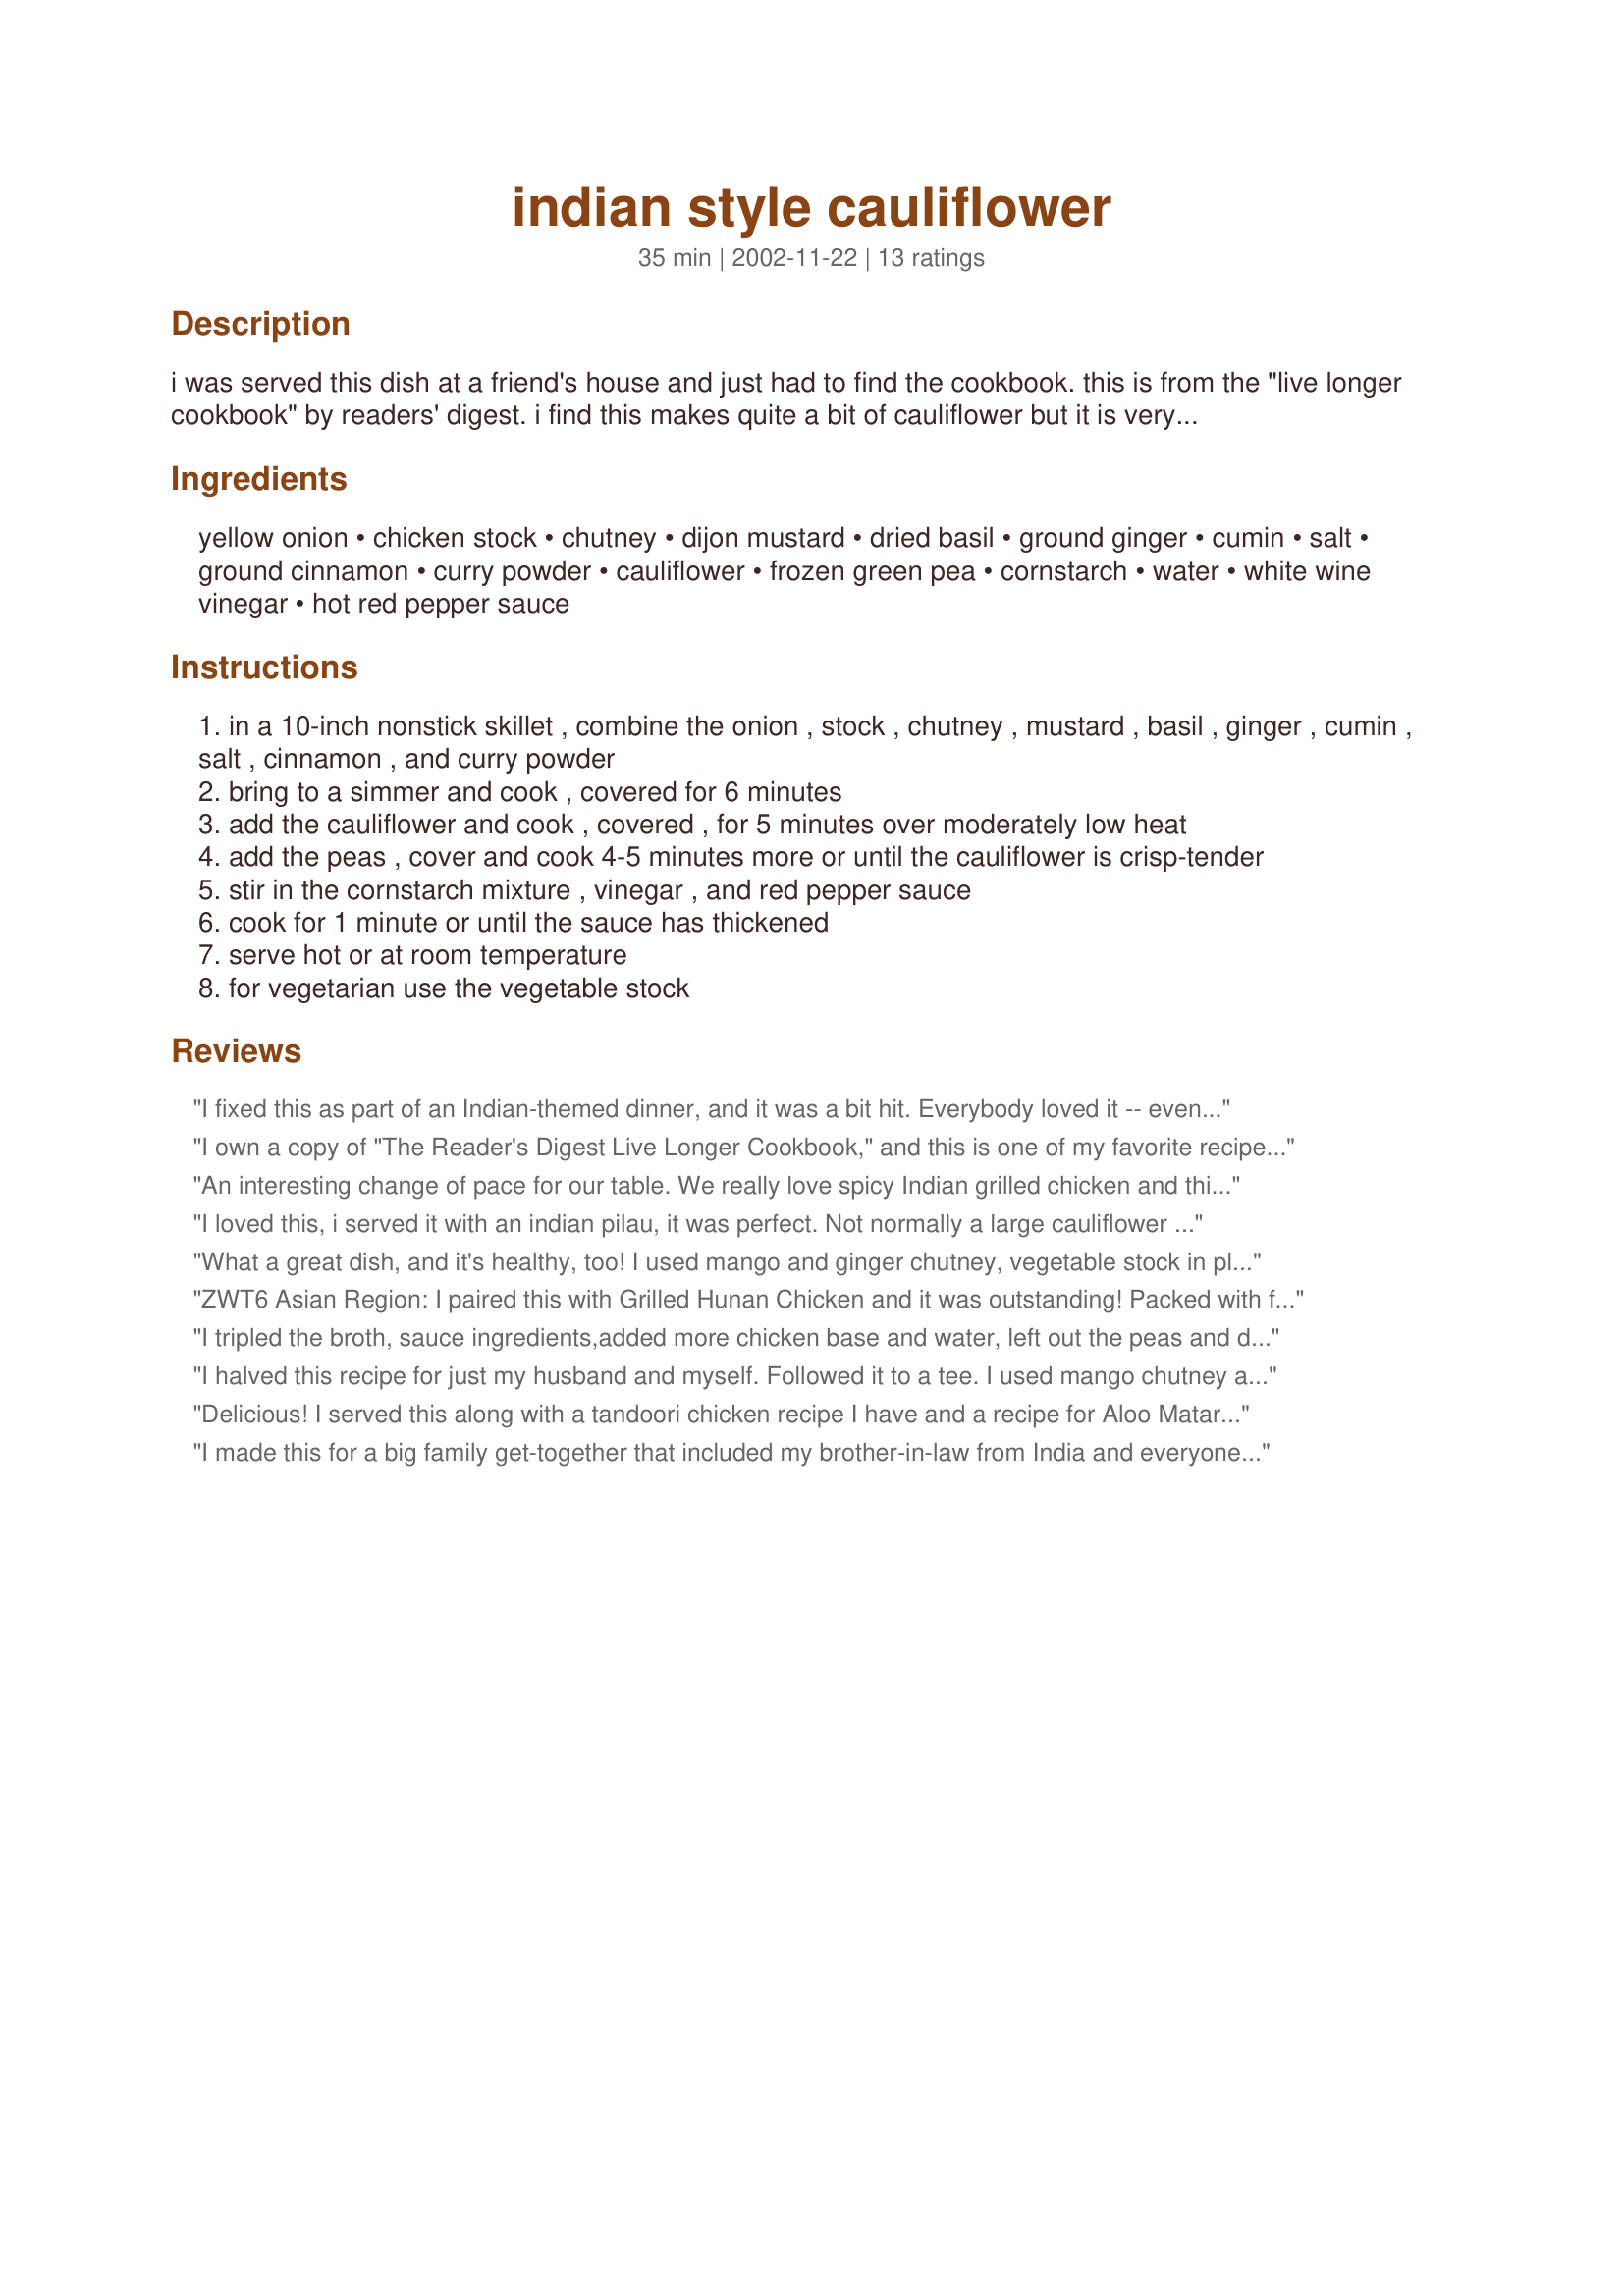
indian style cauliflower
Preparation time: 35 minutes

i was served this dish at a friend's house and just had to find the cookbook. this is from the "live longer cookbook" by readers' digest. i find this makes quite a bit of cauliflower but it is very tasty. we think this dish is even tastier if prepared ahead or served the next day. the cookbook suggests serving with roast chicken and couscous or rice.

Ingredients:
yellow onion, chicken stock, chutney, dijon mustard, dried basil, ground ginger, cumin, salt, ground cinnamon, curry powder, cauliflower, frozen green pea, cornstarch, water, white wine vinegar, hot red pepper sauce

Steps:
in a 10-inch nonstick skillet , combine the onion , stock , chutney , mustard , basil , ginger , cumin , salt , cinnamon , and curry powder
bring to a simmer and cook , covered for 6 minutes
add the cauliflower and cook , covered , for 5 minutes over moderately low heat
add the peas , cover and cook 4-5 minutes more or until the cauliflower is crisp-tender
stir in the cornstarch mixture , vinegar , and red pepper sauce
cook for 1 minute or until the sauce has thickened
serve hot or at room temperature
for vegetarian use the vegetable stock

Reviews:
I fixed this as part of an Indian-themed dinner, and it was a bit hit. Everybody loved it -- even people who don't particularly like cauliflower. I used the apricot preserves rather than the chutney, and went light on the hot sauce. The result was a mild, sweet and sour flavor that went over in a big way.
I own a copy of "The Reader's Digest Live Longer Cookbook," and this is one of my favorite recipes in the entire book! Usually I use a big bag of frozen cauliflower because I'm too impatient to wait for the raw stuff to cook down. ;) I use either apricot preserves or homemade chutney, and often I'll toss in a chopped roasted eggplant if I want to make this a vegetarian main dish. YUM!!! :)
An interesting change of pace for our table. We really love spicy Indian grilled chicken and this is a great accompaniment. We used the apricot preserves and will try it with the chutney somtime in the future. This dish contains many flavors we really enjoy and would be a recommended try in our book. Thanks for sharing! Made and reviewed for PAC Spring 09.
I loved this, i served it with an indian pilau, it was perfect. Not normally a large cauliflower eater yet this turned into something i had seconds of!
What a great dish, and it's healthy, too! I used
mango and ginger chutney, vegetable stock in place of the chicken stock, and added a little more curry powder and Tabasco. The sauce was quite delicious: mild and sweet, with a slight tanginess. Needless to say, I'll be making it again. Thanks, luvinlif2k!
ZWT6 Asian Region: I paired this with Grilled Hunan Chicken and it was outstanding! Packed with flavor - delicious new way now for me to serve cauliflower!
I tripled the broth, sauce ingredients,added more chicken base and water, left out the peas and did not thicken the sauce or add the vinegar and hot pepper sauce. I cooked the cauliflower whole with core side up, then flipped over, total time, about 15 minutes with a cover over it simmered.
I drained the cauliflower, saved the broth, added egg noodles and cooked the noodles in the broth until they were done. I sprinkled piemento strips and shredded carrots in the noodles before serving. Thanks for posting! Delicious.
I halved this recipe for just my husband and myself. Followed it to a tee. I used mango chutney and a mild curry powder. As the numbered Chef said in their review, it was mild and sweet with a slight tang to it. My husband really enjoyed it. He would definitely have it again. It was OK for me but don't put stock in that, I'm just not wild about these flavors in general. Still, it's good to try something new. Thanks for posting. Made for my Babes for ZWT4.
Delicious! I served this along with a tandoori chicken recipe I have and a recipe for Aloo Matar Ka Pulao (rice, potatoes and peas) that I found on this site,plus naan. What can I say? My family ate cauliflower. Is the earth still spinning on it's axis? The only other time my husband will eat cauliflower is smothered in cheese. This recipe is actually healthy AND they like it!
I made this for a big family get-together that included my brother-in-law from India and everyone was pleasantly surprised and got seconds!! This is a great way to serve healthy cauliflower, for all the flavors combined are perfect, not too strong or weak.
Very nice! I usually make Aloo Gobi but I though this recipe sounded good so I thought I should try it....it was a wonderful change. Such a great medley of flavors.......I served it alongside Tikka Masala, basamati rice & samosas....fun was had by all!!!Thanks kindly:)Mmmm
My son loves cauliflower. I like it, but I love Indian food. I just wasn't crazy about this dish. Maybe it's just a personal preference of ours. Also, I didn't make any adjustments to the recipe and it appears that many of the other reviewers did.
I liked this a lot for a change- good way to use up cauliflower. I used a sweet onion and carmelized it first. I used a spicy mango chutney and a bit of turmeric. I found it needed more liquid, so i added 1 whole cup of chicken stock. Served it with indian fried rice.
